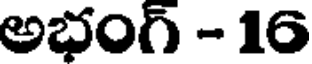
అభంగ్ - 16